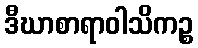
ဒီဃာစာရာဝါသိကဉ္စ